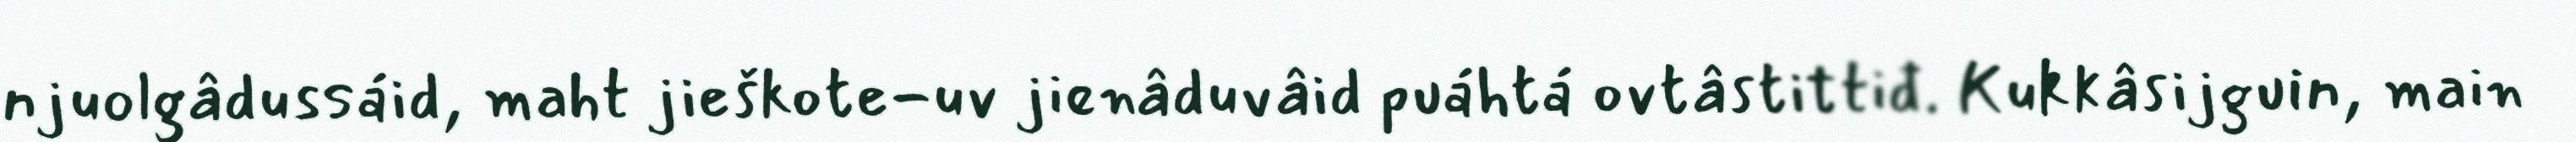
njuolgâdussáid, maht jieškote-uv jienâduvâid puáhtá ovtâstittiđ. Kukkâsijguin, main